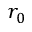
r _ { 0 }